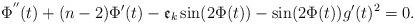
LaTeX: \begin{align*}\Phi^{''}(t)+(n-2)\Phi'(t)-\frak{e}_k\sin(2\Phi(t))-\sin(2\Phi(t))g'(t)^2=0.\end{align*}